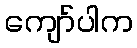
ကျော်ပါက